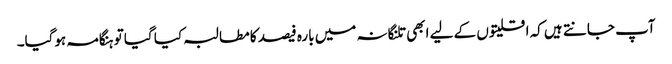
آپ جانتے ہیں کہ اقلیتوں کے لیے ابھی تلنگانہ میں بارہ فیصد کا مطالبہ کیا گیا تو ہنگامہ ہوگیا۔